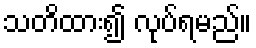
သတိထား၍ လုပ်ရမည်။